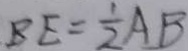
B E = \frac { 1 } { 2 } A B